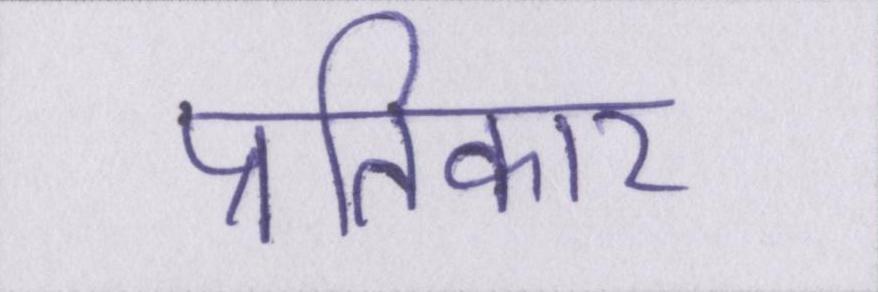
प्रतिकार